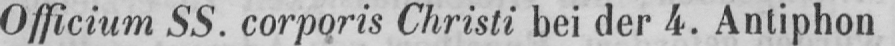
Officium SS. corporis Christi bei der 4. Antiphon